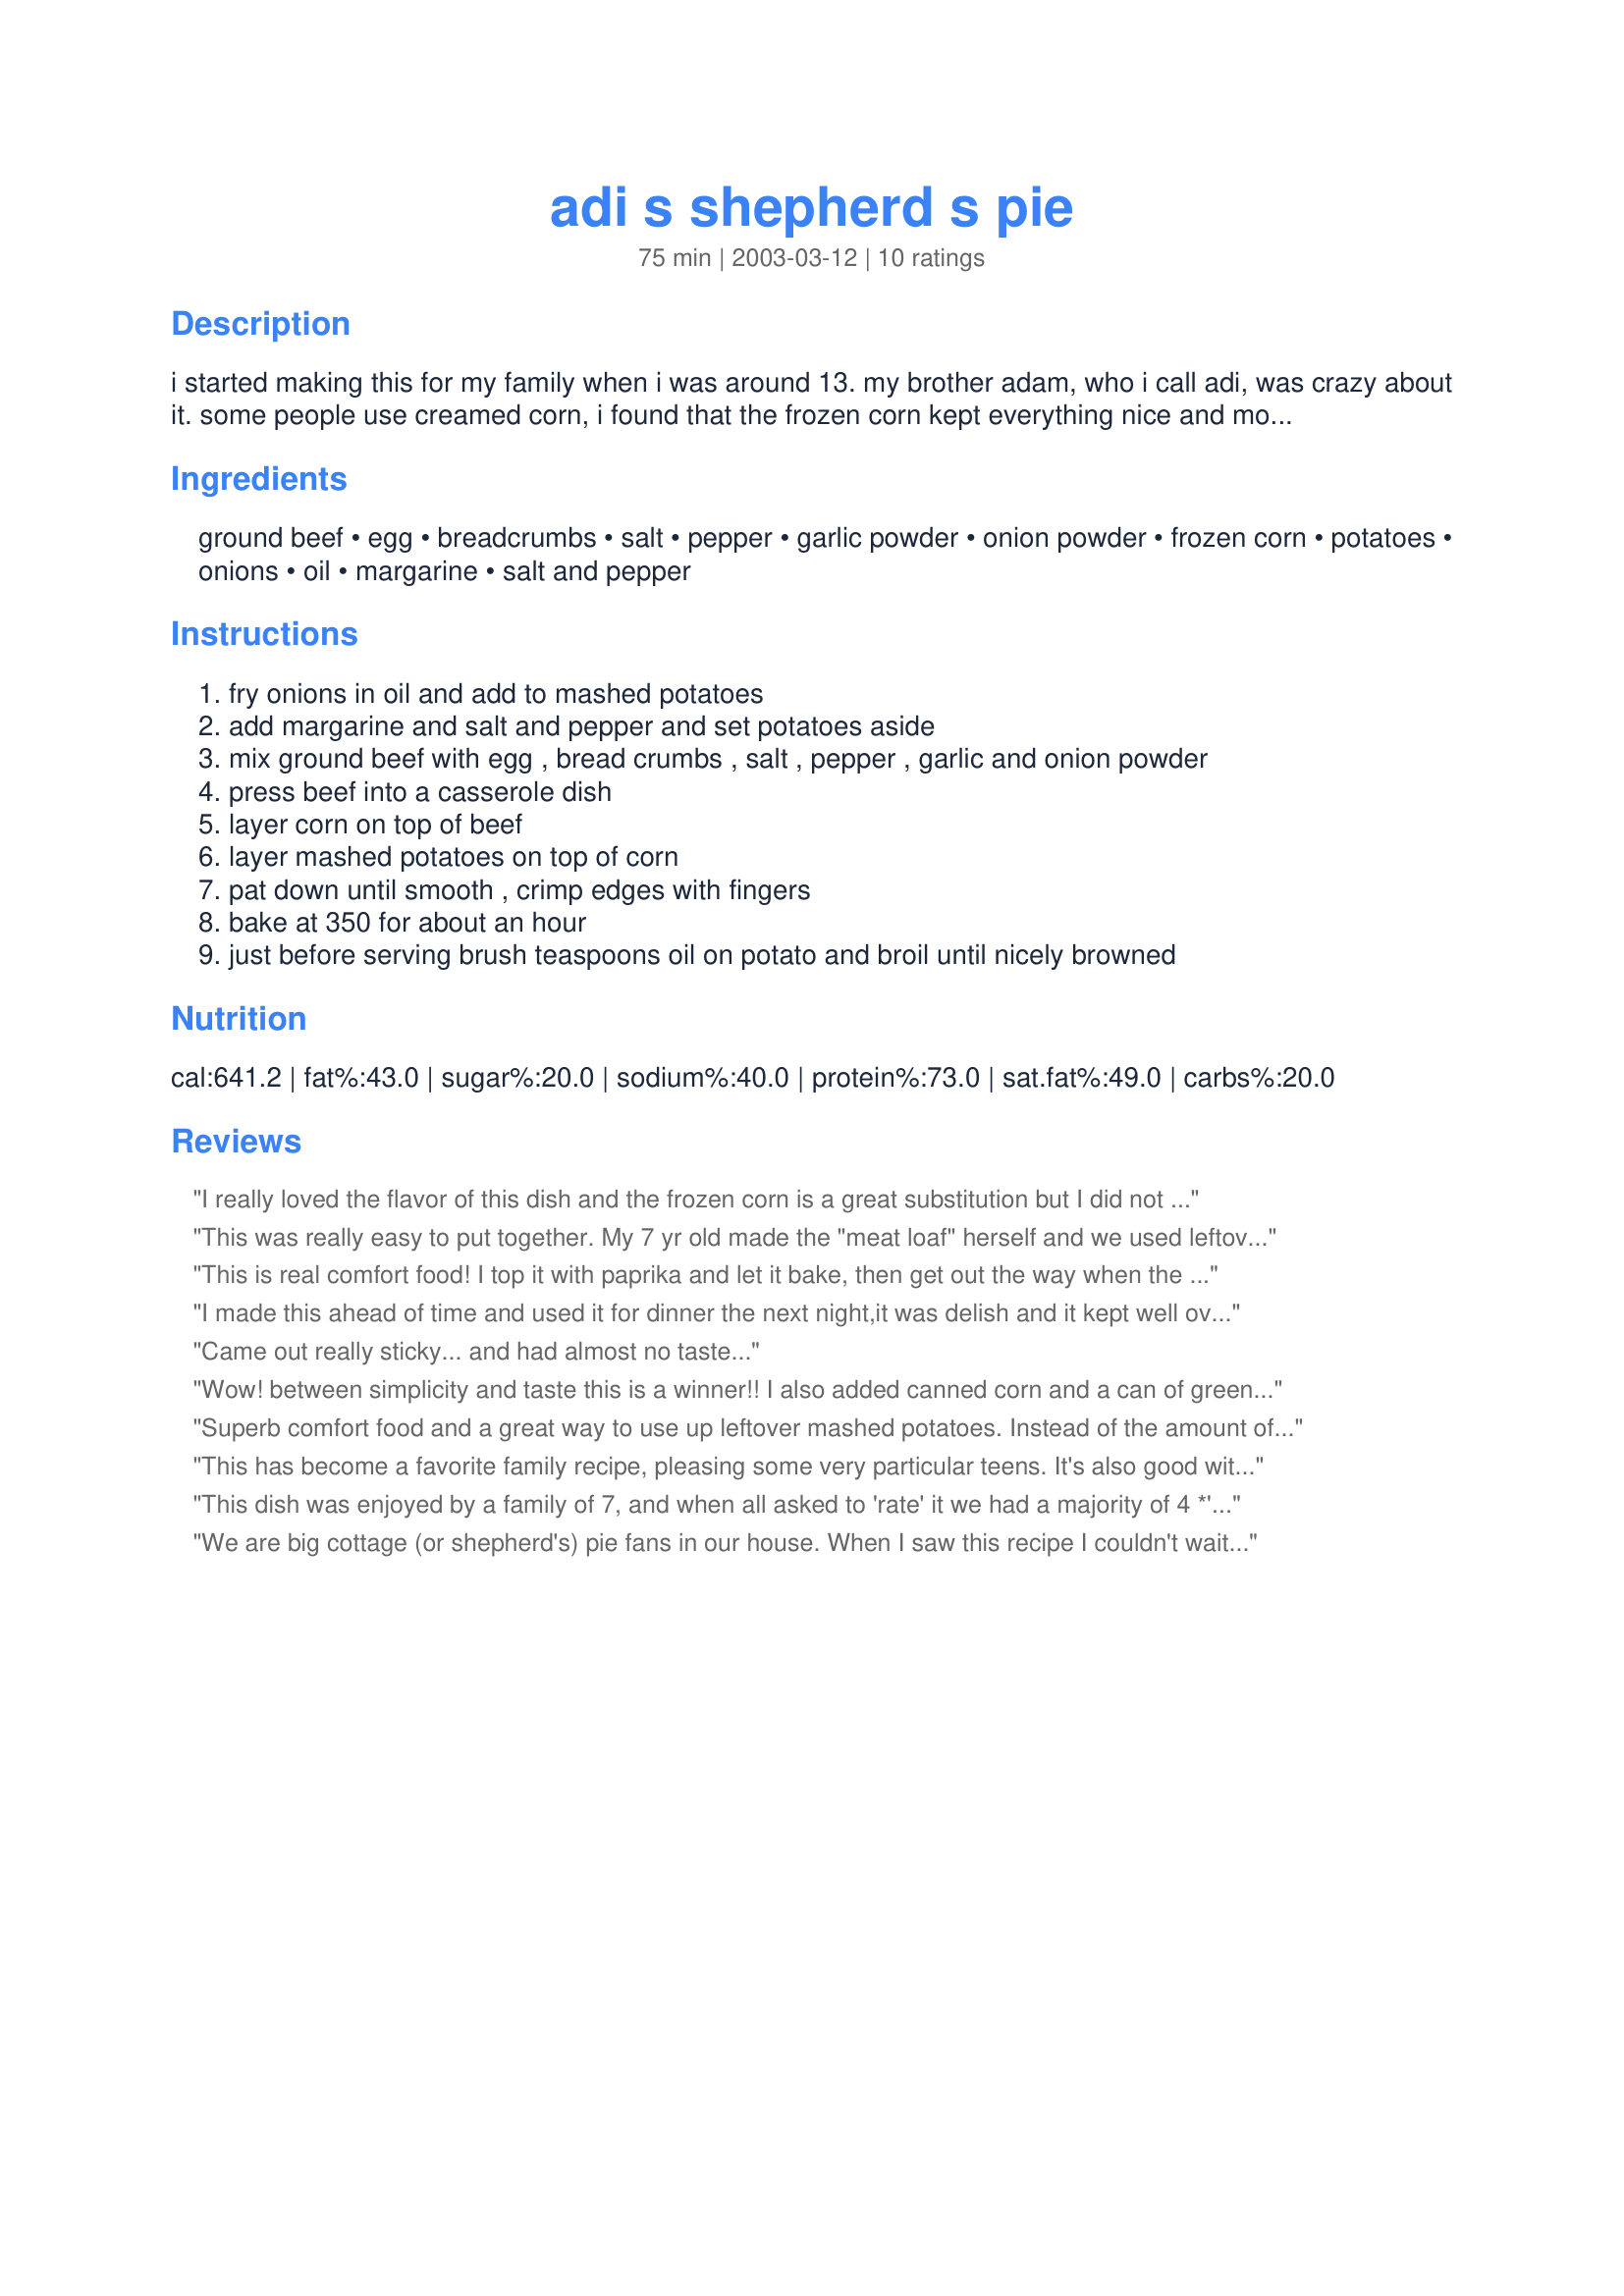
adi s shepherd s pie
Preparation time: 75 minutes

i started making this for my family when i was around 13. my brother adam, who i call adi, was crazy about it. some people use creamed corn, i found that the frozen corn kept everything nice and moist. i eyeballed everything in this recipe, so hopefully the amounts are fairly accurate. enjoy...

Ingredients:
ground beef, egg, breadcrumbs, salt, pepper, garlic powder, onion powder, frozen corn, potatoes, onions, oil, margarine, salt and pepper

Steps:
fry onions in oil and add to mashed potatoes
add margarine and salt and pepper and set potatoes aside
mix ground beef with egg , bread crumbs , salt , pepper , garlic and onion powder
press beef into a casserole dish
layer corn on top of beef
layer mashed potatoes on top of corn
pat down until smooth , crimp edges with fingers
bake at 350 for about an hour
just before serving brush teaspoons oil on potato and broil until nicely browned

Reviews:
I really loved the flavor of this dish and the frozen corn is a great substitution but I did not like the texture of the ground beef it seem like it was boiled.
I'll continue to make this recipe but I'll brown the beef the next time.
This was really easy to put together. My 7 yr old made the "meat loaf" herself and we used leftover garlic mashed potatoes from the night before. This was great served with buttered bread and apple sauce. Thanks for the recipe!
This is real comfort food! I top it with paprika and let it bake, then get out the way when the teenage boys get a whiff, because you could get hurt. And if there are leftovers, they heat up well.
I made this ahead of time and used it for dinner the next night,it was delish and it kept well over night in the frig. My son took the left overs home and he raved about it too!!! This will be a recipe I will use again for sure.

Came out really sticky... and had almost no taste...
Wow! between simplicity and taste this is a winner!! I also added canned corn and a can of green beans. and some shredded cheddar to the potatoes, but not too much to over power any other flavors. Delish! Good way to get kids to eat the veggies, especially when they can't see them. My BF didn't like the strong garlicky taste but it was right for me. It might have had something to do with me making Cheddar-garlic bisquits also. but it is a definite favorite in this house. Thanks for sharing!
Superb comfort food and a great way to use up leftover mashed potatoes. Instead of the amount of ground beef required I used only one pound and 3 leftover chorizo sausages and only one onion. I also used less salt than suggested and only one tablespoon garlic powder. I topped this off with some leftover grated cheese. Although I used less mashed potatoes (about 1 1/2 cups) this was perfect cooked in an 8x8 pan for a bit over an hour (due to my tempermental oven). Delicious with just a loaf of wholesome bread for the perfect comfort mid-week meal and we still have enough left over for some lunches during the week! Thanks for sharing!
This has become a favorite family recipe, pleasing some very particular teens. It's also good with ground turkey.
This dish was enjoyed by a family of 7, and when all asked to 'rate' it we had a majority of 4 *'s.
I will make it again but I think I too will brown the mince first.
Thanks very much for sharing. :)
We are big cottage (or shepherd's) pie fans in our house. When I saw this recipe I couldn't wait to try it, I never thought of adding a layer of corn between the meat and the potatoes. I also loved the mashed potatoes mixed with the fried onions, I had the BH and the kids fighting over the crust. Instead of using garlic and onion powder I used fresh garlic and lots of paprika. There's just enough pie left over for dinner tonight, I hid it all the way back in the fridge so the BH doesn't find it first! Thanks, Aviva, I really enjoyed this dish!
